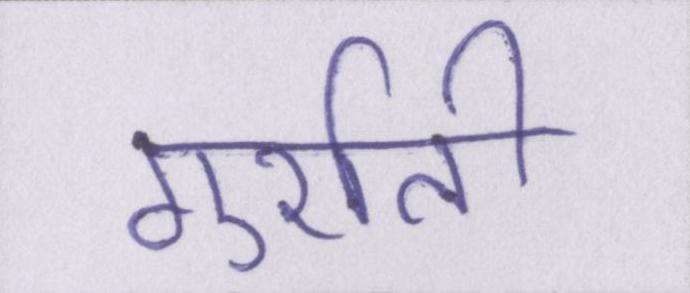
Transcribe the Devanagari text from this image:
गुर्राती